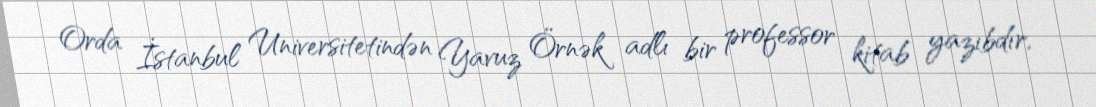
Orda İstanbul Universitetindən Yavuz Örnək adlı bir professor kitab yazıbdır,